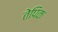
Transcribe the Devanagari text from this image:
तेपिक